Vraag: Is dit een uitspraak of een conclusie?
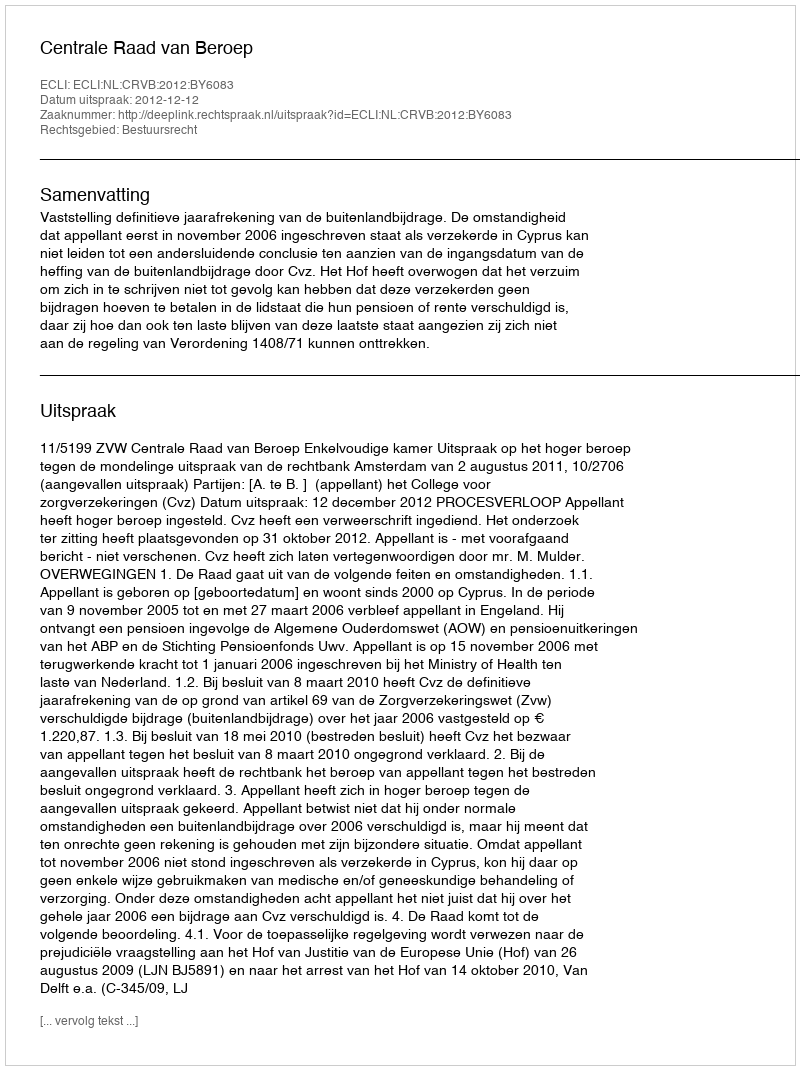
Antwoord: Uitspraak